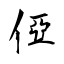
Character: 俹